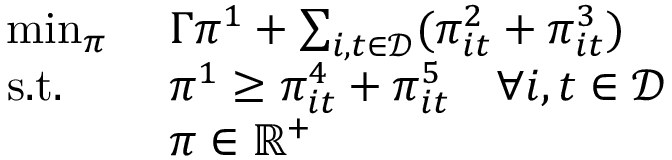
\begin{array} { r l r } { \operatorname* { m i n } _ { \boldsymbol { \pi } } \ } & { \Gamma \pi ^ { 1 } + \sum _ { i , t \in \mathcal { D } } ( \pi _ { i t } ^ { 2 } + \pi _ { i t } ^ { 3 } ) } \\ { \mathrm { s . t . } \quad \ } & { \pi ^ { 1 } \geq \pi _ { i t } ^ { 4 } + \pi _ { i t } ^ { 5 } \quad \forall i , t \in \mathcal { D } } & \\ & { \pi \in \mathbb { R } ^ { + } } \end{array}